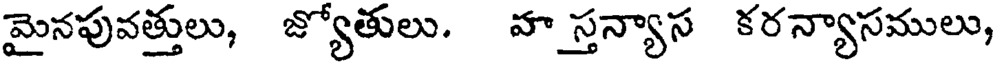
మైనపువత్తులు, జ్యోతులు. హ స్తన్యాస కరన్యాసములు,